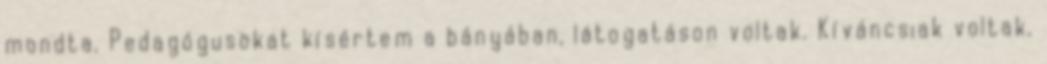
mondta. Pedagógusokat kísértem a bányában, látogatáson voltak. Kíváncsiak voltak,